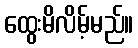
ထွေးမိလိမ့်မည်။